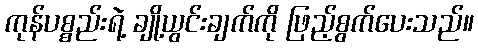
ကုန်ပစ္စည်းရဲ့ ချို့ယွင်းချက်ကို ဖြည့်စွက်ပေးသည်။